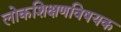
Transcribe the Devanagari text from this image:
लोकशिक्षणविषयक